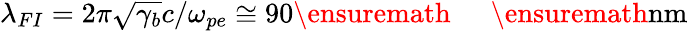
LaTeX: \lambda_{FI}=2\pi\sqrt{\gamma_{b}}c/\omega_{pe}\cong 90\ensuremath{\mathrm{~\textrm~{~\, ~}~}}\ensuremath{\mathrm{nm}}